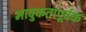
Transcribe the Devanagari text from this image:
भावुकतापूर्वक